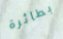
بطائرة